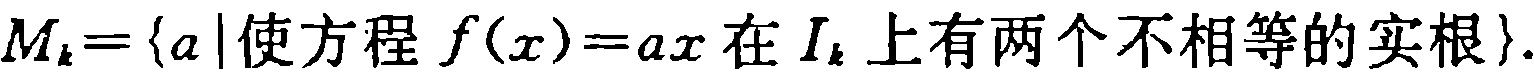
\(M_{k}=\{a\mid \text{使方程 }f(x)=ax\text{ 在 }I_{k}\text{ 上有两个不相等的实根}\}\)